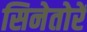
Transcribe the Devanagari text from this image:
सिनेतोरें